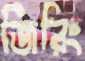
জিরিং